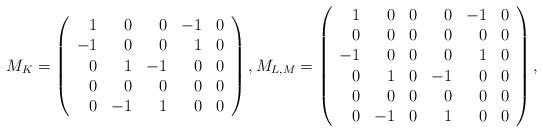
LaTeX: \begin{align*}M_{K} = \left( \begin{array}{rrrrrrrrrrrrrrrrrrrr}1 & 0 & 0 & -1 & 0 \\-1 & 0 & 0 & 1 & 0 \\0 & 1 & -1 & 0 & 0 \\0 & 0 & 0 & 0 & 0 \\0 & -1 & 1 & 0 & 0 \end{array} \right),M_{L, M} = \left( \begin{array}{rrrrrrrrrrrr}1 & 0 & 0 & 0 & -1 & 0\\0 & 0 & 0 & 0 & 0 & 0\\-1 & 0 & 0 & 0 & 1 & 0\\0 & 1 & 0 & -1 & 0 & 0\\0 & 0 & 0 & 0 & 0 & 0\\0 & -1 & 0 & 1 & 0 & 0 \end{array} \right), \end{align*}